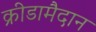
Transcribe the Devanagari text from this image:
क्रीडामैदान